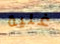
غنية